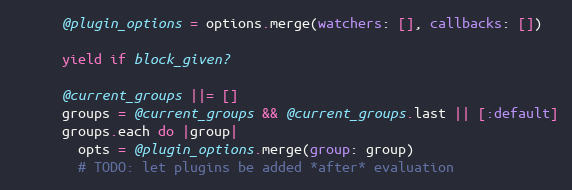
Language: Ruby
      @plugin_options = options.merge(watchers: [], callbacks: [])

      yield if block_given?

      @current_groups ||= []
      groups = @current_groups && @current_groups.last || [:default]
      groups.each do |group|
        opts = @plugin_options.merge(group: group)
        # TODO: let plugins be added *after* evaluation